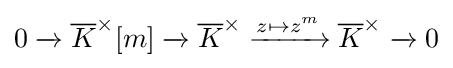
0\xrightarrow {} {\overline {K}}^{\times }[m]\xrightarrow {} {\overline {K}}^{\times }\xrightarrow {z\mapsto z^{m}} {\overline {K}}^{\times }\xrightarrow {} 0